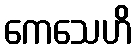
ကေသေဟိ